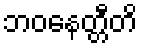
ဘဝနေတ္တီတိ